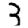
Digit: 3